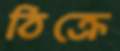
ঠিক্‌রে